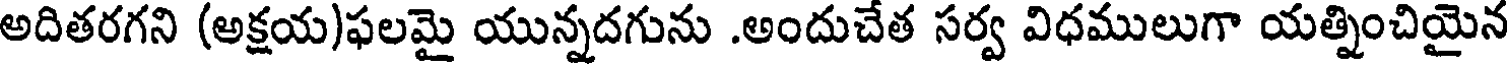
అదితరగని (అక్షయ)ఫలమై యున్నదగును .అందుచేత సర్వ విధములుగా యత్నించియైన